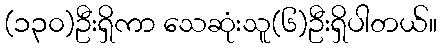
(၁၃၀)ဦးရှိကာ သေဆုံးသူ(၆)ဦးရှိပါတယ်။